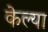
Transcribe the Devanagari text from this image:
केल्‍या